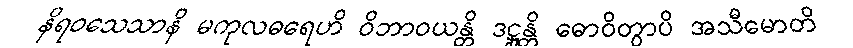
နိရဝသေသာနိ မကုလဓရေဟိ ဝိဘာဝယန္တိ ဒဋ္ဌုန္တိ ဓောဝိတွာပိ အသီမောတိ